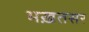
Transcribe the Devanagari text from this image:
मख़तसर